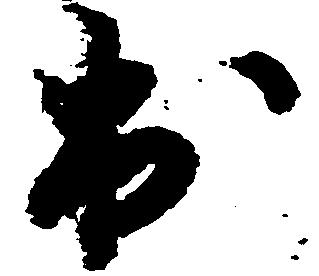
出